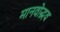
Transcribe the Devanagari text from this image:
मानवोद्भव